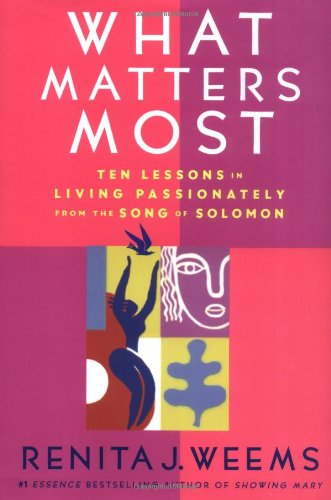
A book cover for What Matters Most: Ten Lessons in Living Passionately from the Song of Solomon; Renita J. Weems; Christian Books & Bibles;